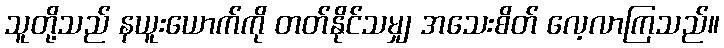
သူတို့သည် နယူးယောက်ကို တတ်နိုင်သမျှ အသေးစိတ် လေ့လာကြသည်။